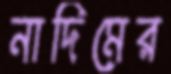
নাদিমের